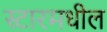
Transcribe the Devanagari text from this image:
स्टारमधील